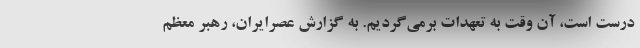
درست است، آن وقت به تعهدات برمی‌گردیم. به گزارش عصرایران، رهبر معظم